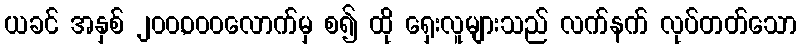
ယခင် အနှစ် ၂၀၀,၀၀၀လောက်မှ စ၍ ထို ရှေးလူများသည် လက်နက် လုပ်တတ်သော